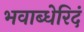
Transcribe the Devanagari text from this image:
भवाब्धेरिदं